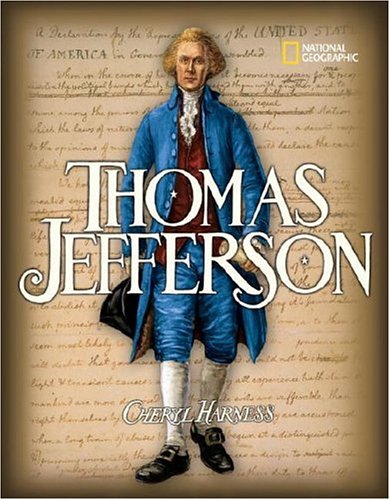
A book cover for Thomas Jefferson; Cheryl Harness; Children's Books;